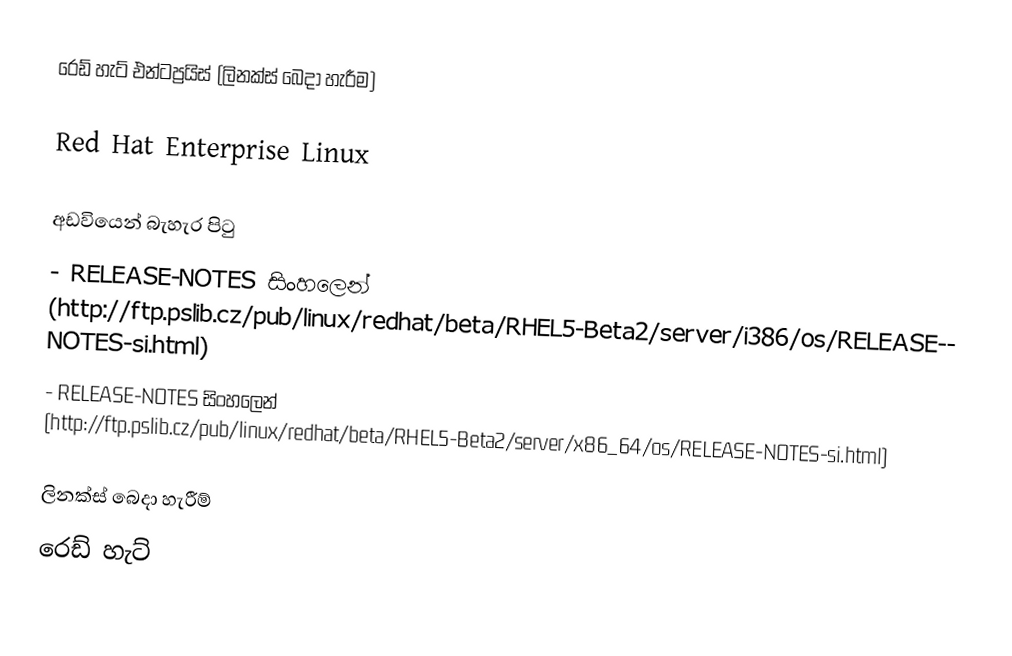
රෙඩ් හැට් එන්ටප්‍රයිස් (ලිනක්ස් බෙදා හැරීම)

Red Hat Enterprise Linux

අඩවියෙන් බැහැර පිටු
  - RELEASE-NOTES සිංහලෙන් (http://ftp.pslib.cz/pub/linux/redhat/beta/RHEL5-Beta2/server/i386/os/RELEASE-NOTES-si.html)
  - RELEASE-NOTES සිංහලෙන් (http://ftp.pslib.cz/pub/linux/redhat/beta/RHEL5-Beta2/server/x86_64/os/RELEASE-NOTES-si.html)

ලිනක්ස් බෙදා හැරීම්
රෙඩ් හැට්